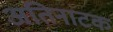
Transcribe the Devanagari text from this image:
अतिनाटक